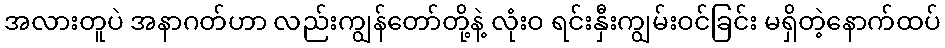
အလားတူပဲ အနာဂတ်ဟာ လည်းကျွန်တော်တို့နဲ့ လုံးဝ ရင်းနှီးကျွမ်းဝင်ခြင်း မရှိတဲ့နောက်ထပ်